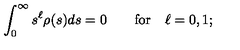
\int _ { 0 } ^ { \infty } s ^ { \ell } \rho ( s ) d s = 0 \qquad \mathrm { f o r } \quad \ell = 0 , 1 ;